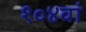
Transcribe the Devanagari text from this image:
१०४वां